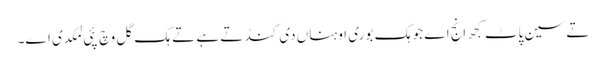
تے سین پاٹ کجھ انج اے جو ہک بوری اوہناں دی کنڈ تے ہے تے ہک گل وچ پئی لمکدی اے۔